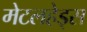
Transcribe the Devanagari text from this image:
मेटलहेड्स